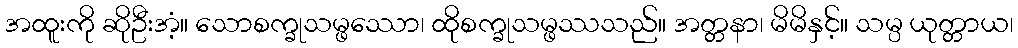
အထူးကို ဆိုဦးအံ့။ သောစက္ခုသမ္ဖဿော၊ ထိုစက္ခုသမ္ဖဿသည်။ အတ္တနာ၊ မိမိနှင့်။ သမ္ပ ယုတ္တာယ၊